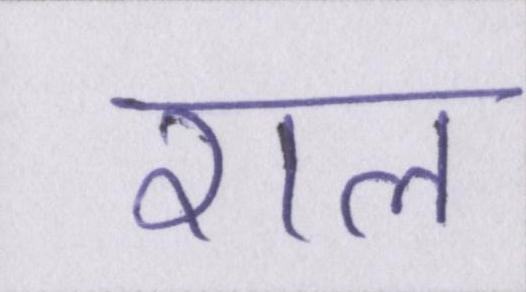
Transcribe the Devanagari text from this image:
राल